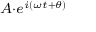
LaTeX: \scriptstyle A \cdot e ^ { i ( \omega t + \theta ) }